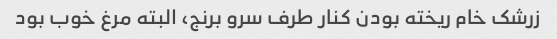
زرشک خام ریخته بودن کنار طرف سرو برنج، البته مرغ خوب بود